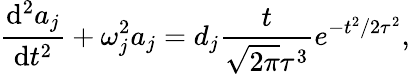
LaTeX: \frac{\mathrm{d}^{2}a_{j}}{\mathrm{d}t^{2}}+\omega_{j}^{2}a_{j}=d_{j}\frac{t}{\sqrt{2\pi}\tau^{3}}e^{-t^{2}/{2\tau^{2}}},